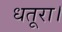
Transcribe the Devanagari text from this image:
धतूरा।